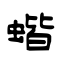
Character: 蝔